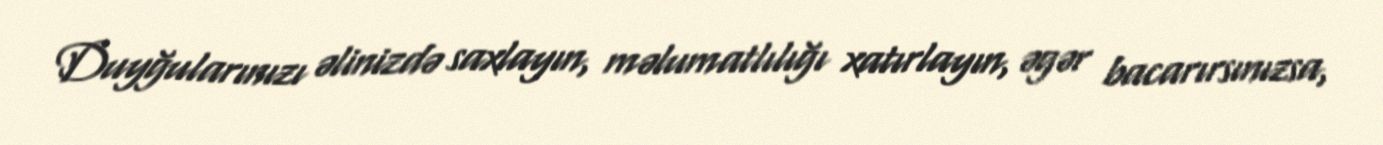
Duyğularınızı əlinizdə saxlayın, məlumatlılığı xatırlayın, əgər bacarırsınızsa,